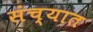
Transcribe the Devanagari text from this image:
संच्यात